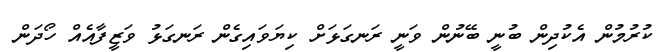
ކުރުމުން އެކުދިން ބުނީ ބޭނުން ވަނީ ރަނގަޅަށް ކިޔަވައިގެން ރަނގަޅު ވަޒީފާއެއް ހޯދަން